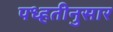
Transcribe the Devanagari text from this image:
पध्हतीनुसार